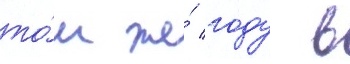
то́м же́ году в